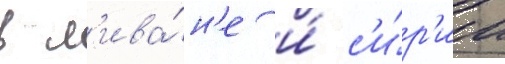
в л'ива́н'е и́ с'и́р'ии